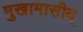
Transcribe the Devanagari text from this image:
मुखामासीद्